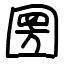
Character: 圐